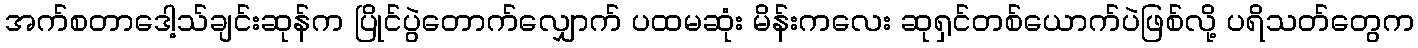
အက်စတာဒေါ့သ်ချင်းဆုန်က ပြိုင်ပွဲတောက်လျှောက် ပထမဆုံး မိန်းကလေး ဆုရှင်တစ်ယောက်ပဲဖြစ်လို့ ပရိသတ်တွေက